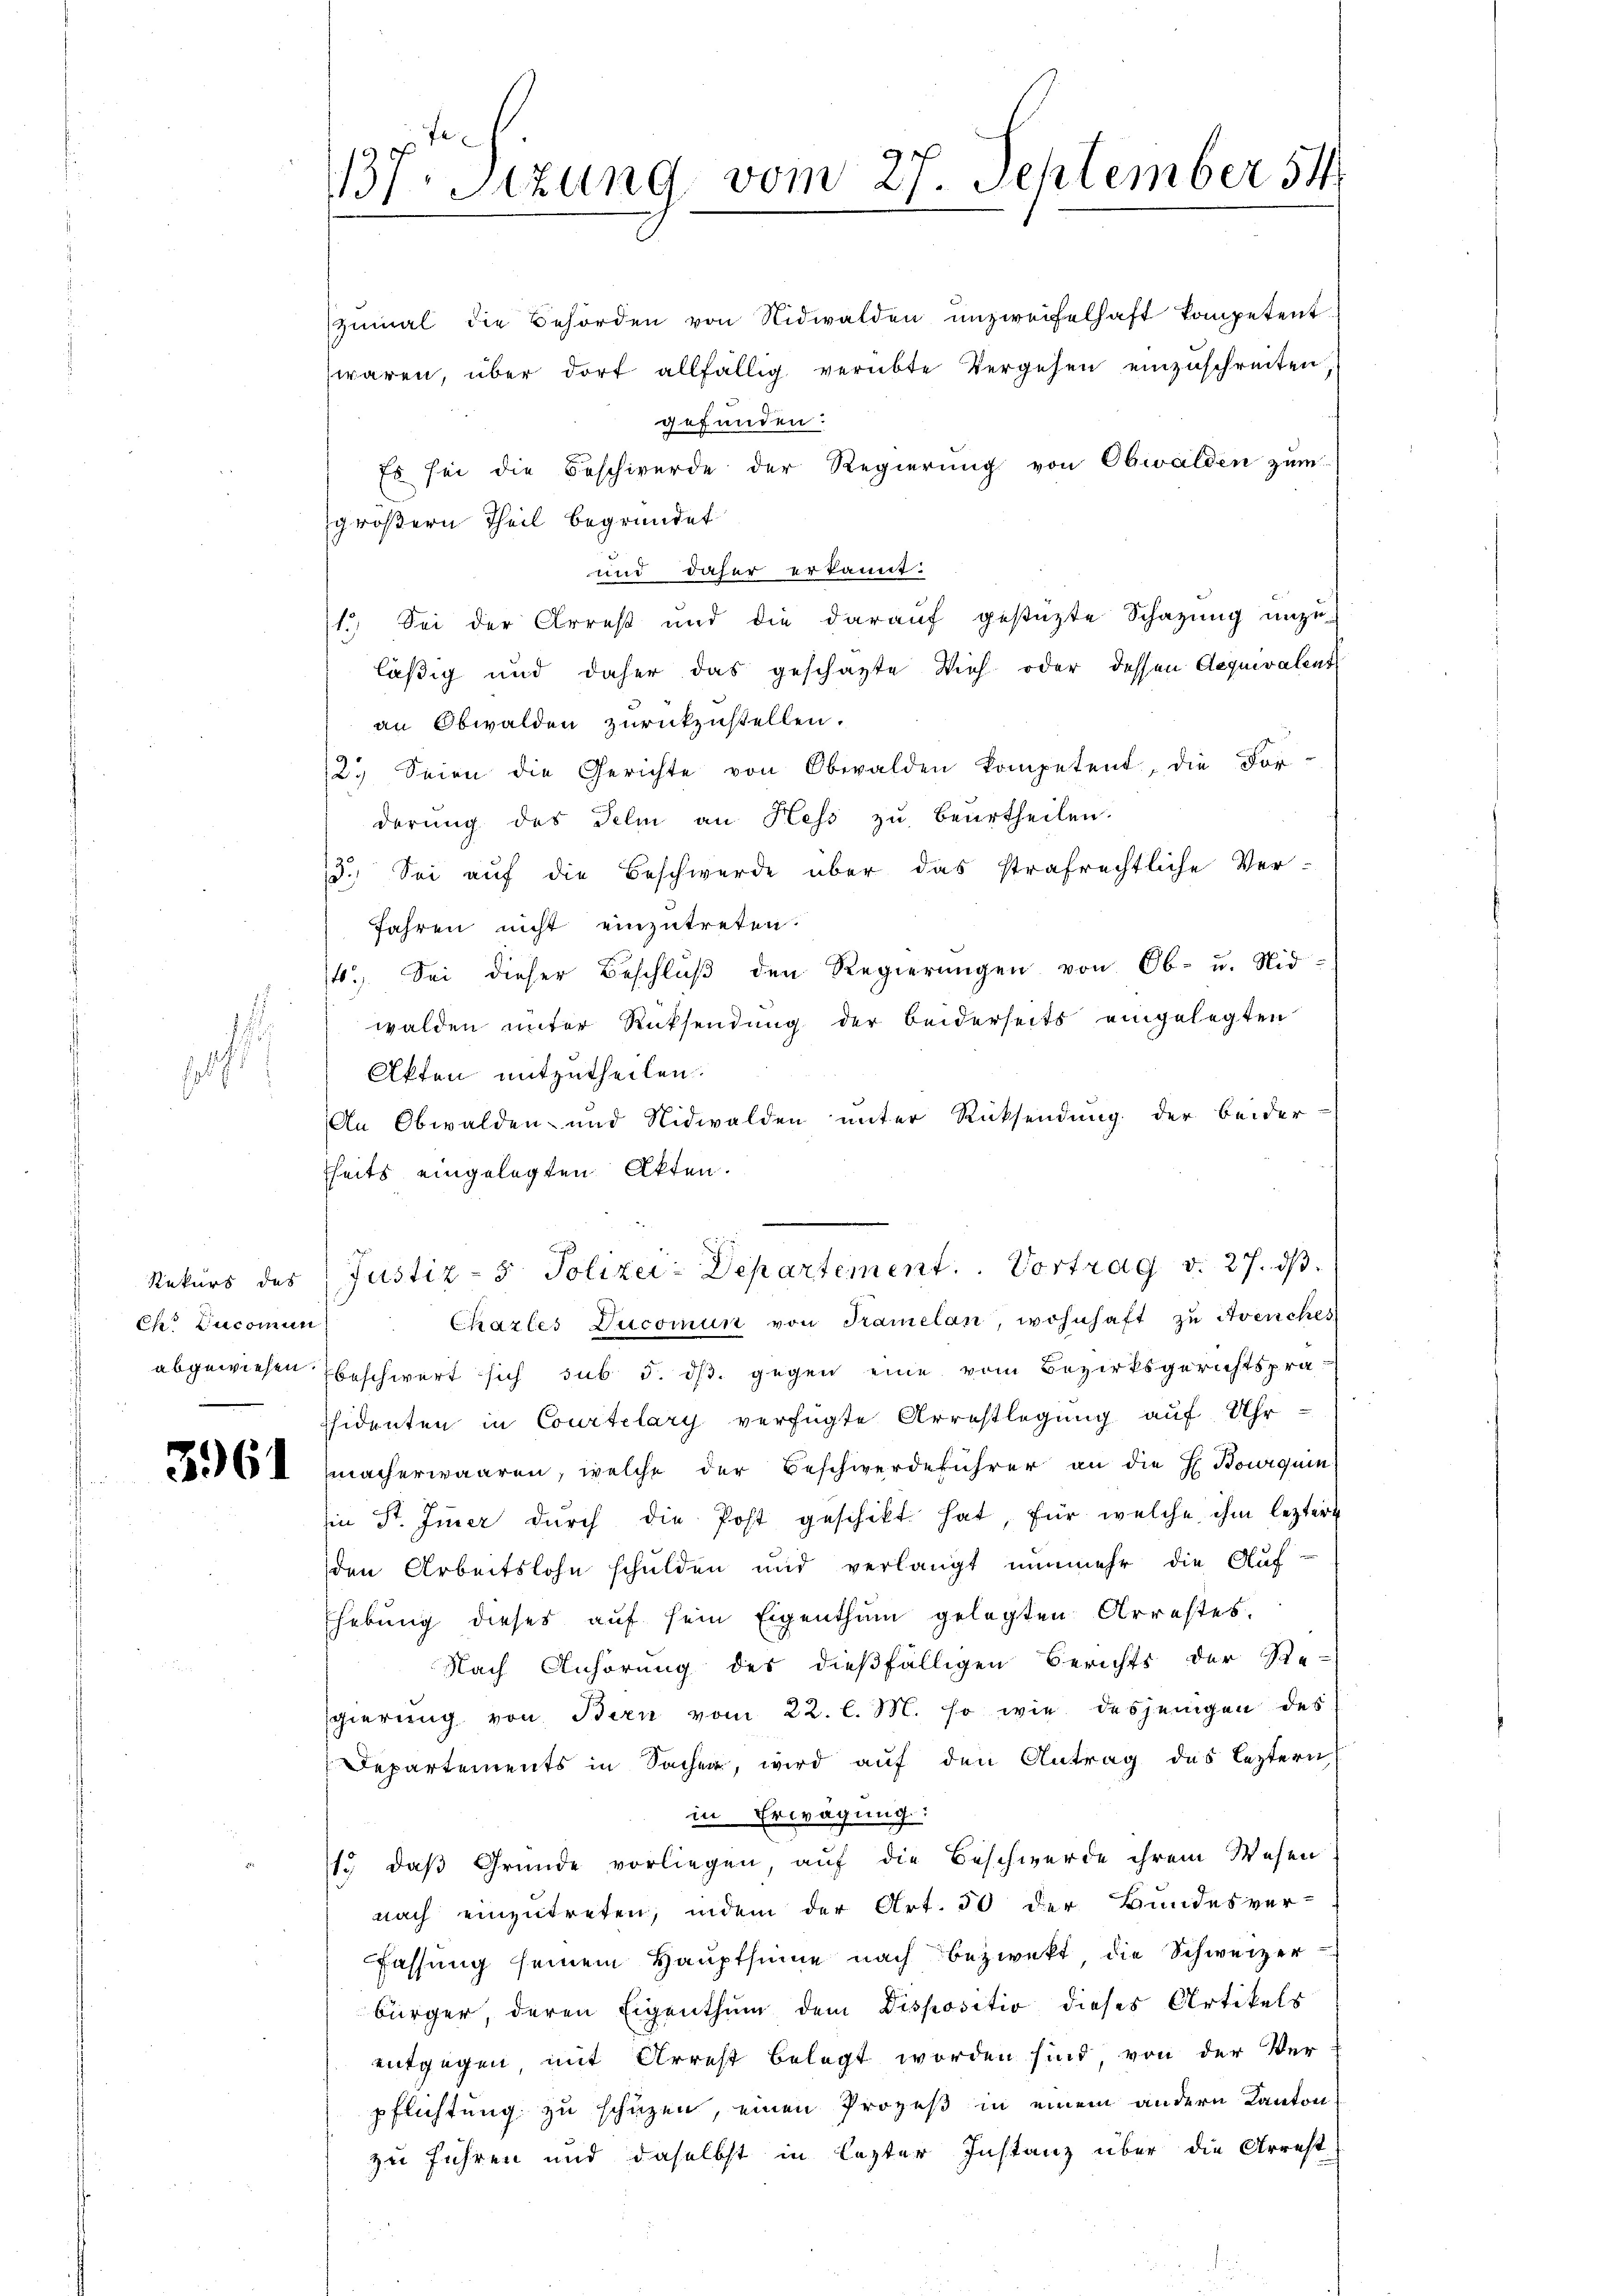
pa

Rekurs das
C Encomun

3961

137. Sitzung vom 27. September 54

zŭmal die Behörden von Nidwalden unzweifelhaft kompetent
waren, über dort allfällig verübte Vergehen einzŭschreiten
gefunden.
Es sei die Beschwerde der Regierung von Obwalden zum
größern Theil begründet
und daher erkannt:
1.) Sei der Arrest und die darauf gestützte Schazung unzu-
läßig und daher das geschäzte Vieh oder dessen Aequivalent
an Obwalden zurückzustellen.
12. Seien die Gerichte von Obwalden kompetent, die For-
derŭng des Feli an Hess zŭ beŭrtheilen.
13. Sei auf die Beschwerde über das strafrechtliche Ver-
Jahren nicht einzutreten.
4. Sei dieser Beschlŭβ den Regierŭngen von Ob- u. Nid-
walden unter Rücksendung der beiderseits eingelegten
Akten mitzutheilen.
An Obwalden- und Nidwalden unter Rücksendung der beider-
fheits eingelegten Akten.
Justiz- & Polizei-Departement. Vortrag d. 27. ds
Chazles Ducomun von Kamelan, wohnhaft zu Avenches
abgewiesen beschwert sich sub d. dß. gegen eine vom Bezirksgerichtsprä-
ssidenten in Courtelary verfügte Arrestlegung auf Uhr
macherwaaren, welche der Beschwerdeführer an die H. Bouquen
Ein St. Immer dŭrch die Post geschikt hat, für welche ihm lezter
den Arbeitslohn schulden und verlangt nunmehr die Auf-
Ehebung dieses auf sein Eigenthum gelegten Arrestes.
Nach Anhörung des dießfälligen Berichts der Re-
sgierung von Bern vom 22. l. M. so wie desjenigen des
Departements in Sacher, wird auf den Antrag das leztern
in Erwägung:
1.) daß Gründe vorliegen, auf die Beschwerde ihrem Wesen
nach einzutreten, indem der Art. 50 der Bundesver-
Fassung seinem Hauptsime nach bezwekt die Schweizer-
bürger, deren Eigenthum dem Dispositio dieses Artikels
entgegen, mit Arrest belegt worden sind von der Ver
pflichtung zu schüzen, einen Prozeß in einem andern Kanton
zu führen und daselbst in lezter Instanz über die Arrest